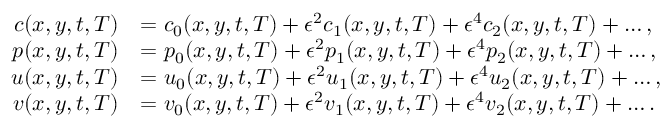
\begin{array} { r l } { c ( x , y , t , T ) } & { = c _ { 0 } ( x , y , t , T ) + \epsilon ^ { 2 } c _ { 1 } ( x , y , t , T ) + \epsilon ^ { 4 } c _ { 2 } ( x , y , t , T ) + \hdots , } \\ { p ( x , y , t , T ) } & { = p _ { 0 } ( x , y , t , T ) + \epsilon ^ { 2 } p _ { 1 } ( x , y , t , T ) + \epsilon ^ { 4 } p _ { 2 } ( x , y , t , T ) + \hdots , } \\ { u ( x , y , t , T ) } & { = u _ { 0 } ( x , y , t , T ) + \epsilon ^ { 2 } u _ { 1 } ( x , y , t , T ) + \epsilon ^ { 4 } u _ { 2 } ( x , y , t , T ) + \hdots , } \\ { v ( x , y , t , T ) } & { = v _ { 0 } ( x , y , t , T ) + \epsilon ^ { 2 } v _ { 1 } ( x , y , t , T ) + \epsilon ^ { 4 } v _ { 2 } ( x , y , t , T ) + \hdots . } \end{array}